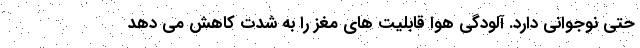
حتی نوجوانی دارد. آلودگی هوا قابلیت های مغز را به شدت کاهش می دهد